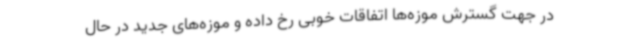
در جهت گسترش موزه‌ها اتفاقات خوبی رخ داده و موزه‌های جدید در حال